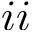
i i